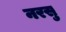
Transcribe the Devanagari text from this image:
नरसु